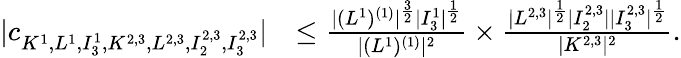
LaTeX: \begin{array}{rl}{|c_{K^{1},L^{1},I_{3}^{1},K^{2,3},L^{2,3},I_{2}^{2,3},I_{3}^{2,3}}|}&{\le\frac{|(L^{1})^{(1)}|^{\frac{3}{2}}|I_{3}^{1}|^{\frac{1}{2}}}{|(L^{1})^{(1)}|^{2}}\times\frac{|L^{2,3}|^{\frac 12}|I_{2}^{2,3}||I_{3}^{2,3}|^{\frac 12}}{|K^{2,3}|^{2}}.}\end{array}